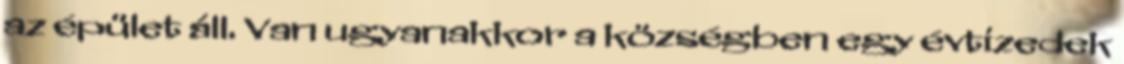
az épület áll. Van ugyanakkor a községben egy évtizedek